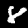
Digit: 8